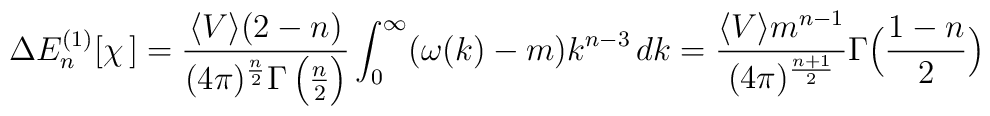
\Delta E^{(1)}_{n}[\chi\,]=    \frac{\langle V \rangle (2-n) }{(4\pi)^\frac{n}{2}    \Gamma\left(\frac{n}{2}\right)}    \int_0^\infty (\omega(k)-m) k^{n-3}\, dk =    \frac{\langle V \rangle m^{n-1}}{(4\pi)^\frac{n+1}{2}}    \Gamma\Bigl(\frac{1-n}{2}\Bigr)